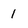
Character: 1